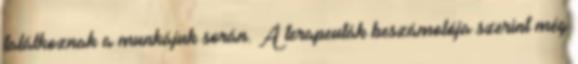
találkoznak a munkájuk során. A terapeuták beszámolója szerint még